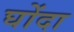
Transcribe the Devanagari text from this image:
घोंदा